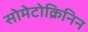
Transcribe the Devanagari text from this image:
सोमेटोक्रिनिन